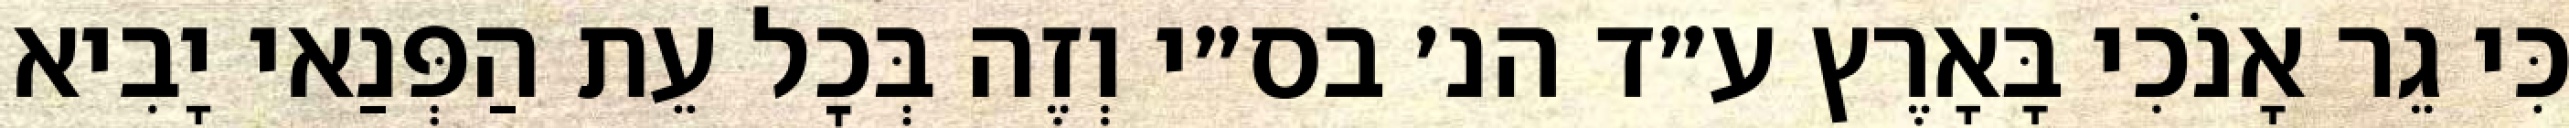
כִּי גֵר אָנֹכִי בָּאָרֶץ ע״ד הנ׳ בס״י וְזֶה בְּכׇל עֵת הַפְּנַאי יָבִיא